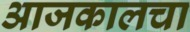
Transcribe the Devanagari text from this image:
आजकालचा